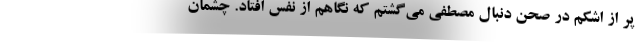
پُر از اشکم در صحن دنبال مصطفی می‌گشتم که نگاهم از نفس افتاد. چشمان